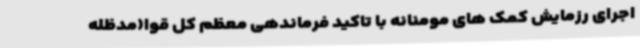
اجرای رزمایش کمک های مومنانه با تاکید فرماندهی معظم کل قوا(مدظله